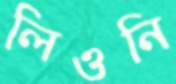
লিওনি